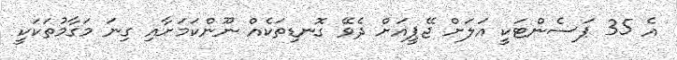
އެ 35 ޕަސެންޓަކީ އަލަށް ޖޭޕީއަށް ދެވޭ ގޮނޑިތަކެއް ނޫންކަމަށާއި ގިނަ މަގާމުތަކަކީ